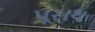
પૂરાય